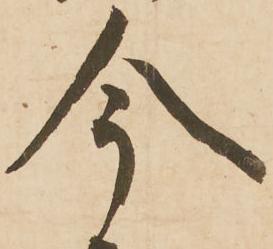
今